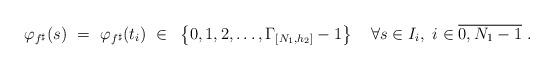
LaTeX: \begin{align*}\varphi_{f^{\sharp}}(s)~=~\varphi_{f^{\sharp}}(t_i)~\in~\left\{0,1,2,\dots,\Gamma_{[N_1,h_2]}-1\right\}\quad\forall s\in I_i, ~i\in \overline{0,N_1-1}~.\end{align*}